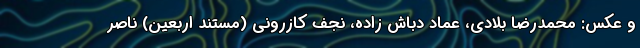
و عکس: محمدرضا بلادی، عماد دباش زاده، نجف کازرونی (مستند اربعین) ناصر